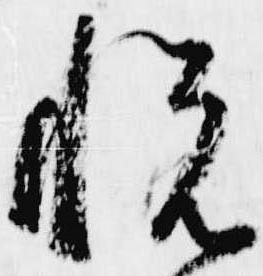
悦